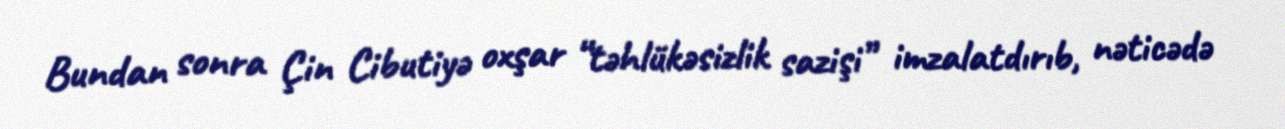
Bundan sonra Çin Cibutiyə oxşar “təhlükəsizlik sazişi” imzalatdırıb, nəticədə